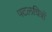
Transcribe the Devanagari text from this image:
पटलचित्रों